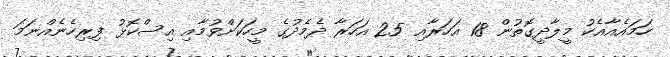
ހަމައެއާއެކު މީލާދީގޮތުން 18 އަހަރާއި 25 އަހަރާ ދެމެދުގެ މީހަކަށްވުމާއި އިސްކޮޅު ފިރިހެނެއްނަމަ